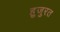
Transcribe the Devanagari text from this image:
हुजुरत